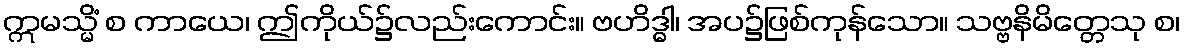
ဣမသ္မိံ စ ကာယေ၊ ဤကိုယ်၌လည်းကောင်း။ ဗဟိဒ္ဓါ၊ အပ၌ဖြစ်ကုန်သော။ သဗ္ဗနိမိတ္တေသု စ၊